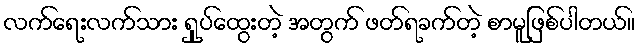
လက်ရေးလက်သား ရှုပ်ထွေးတဲ့ အတွက် ဖတ်ရခက်တဲ့ စာမူဖြစ်ပါတယ်။